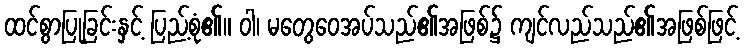
ထင်စွာပြုခြင်းနှင့် ပြည့်စုံ၏။ ဝါ၊ မတွေဝေအပ်သည်၏အဖြစ်၌ ကျင်လည်သည်၏အဖြစ်ဖြင့်